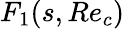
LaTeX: F_{1}(s,Re_{c})